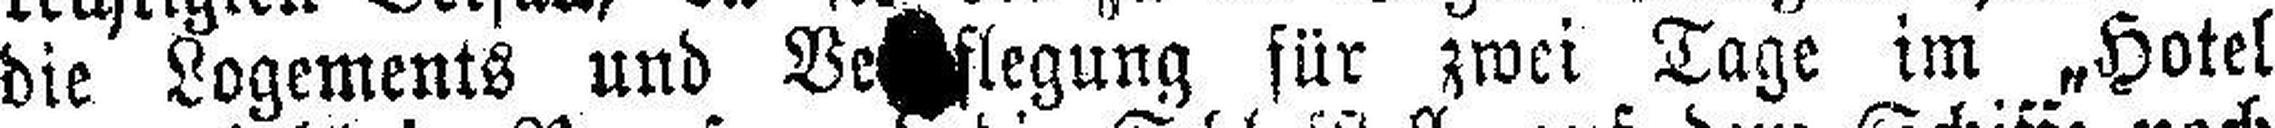
die Logements und Ve###flegung für zwei Tage im „Hotel